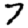
Digit: 7